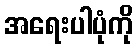
အရေးပါပုံကို